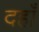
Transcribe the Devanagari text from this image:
दहाँ